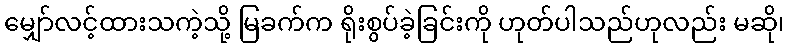
မျှော်လင့်ထားသကဲ့သို့ မြခက်က ရိုးစွပ်ခဲ့ခြင်းကို ဟုတ်ပါသည်ဟုလည်း မဆို၊